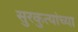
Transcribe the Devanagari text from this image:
सुरकुत्यांच्या